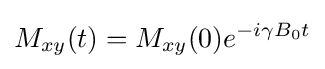
M_{xy}(t)=M_{xy}(0)e^{-i\gamma B_{0}t}